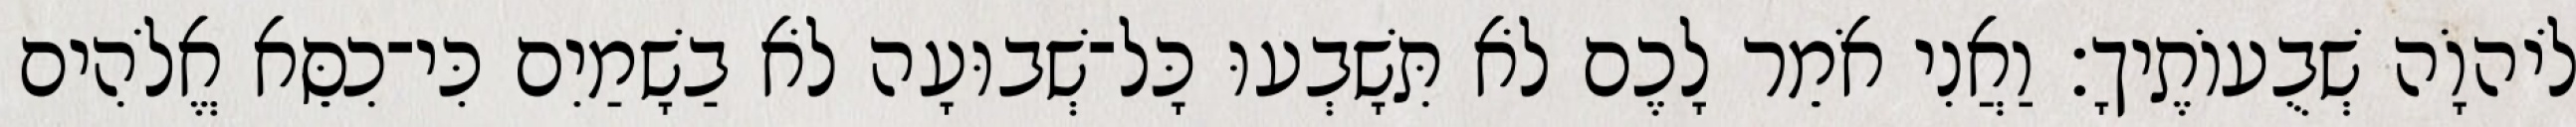
לֹיהוָֹה שְׁבֻעוֹתֶיךָ׃ וַאֲנִי אֹמֵר לָכֶם לֹא תִּשָׁבְעוּ כָּל־שְׁבוּעָה לֹא בַשָׁמַיִם כִּי־כִסֵּא אֱלֹהִים